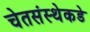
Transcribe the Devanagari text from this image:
चेतसंस्थेकडे